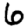
Digit: 6